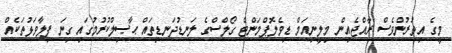
މީގެ އިތުރުންވެސް ރާއްޖެއިން މިލީނިއަމް ޑިވެލޮޕްމަންޓް ގޯލްސްގެ ލަނޑުދަނޑިތައް ޙާޞިލްކުރުމުގައި ގިނަ ފިލާވަޅުތަކެއް